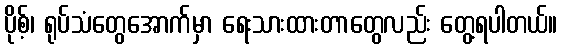
ပိုစ့်၊ ရုပ်သံတွေအောက်မှာ ရေးသားထားတာတွေလည်း တွေ့ရပါတယ်။